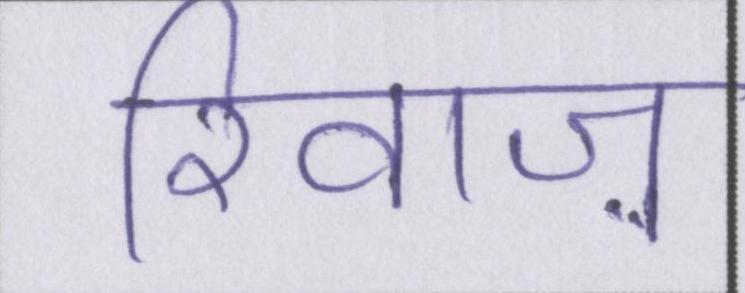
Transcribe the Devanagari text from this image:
रिवाज़